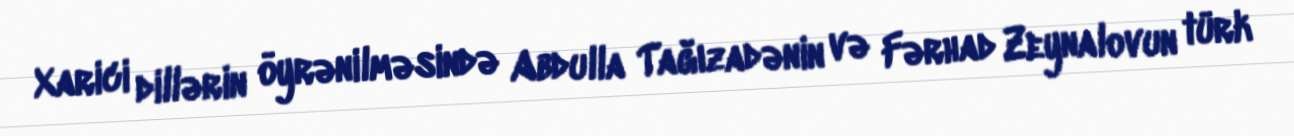
Xarici dillərin öyrənilməsində Abdulla Tağızadənin və Fərhad Zeynalovun türk